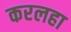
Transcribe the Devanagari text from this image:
करलहा